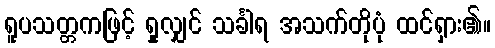
ရူပသတ္တကဖြင့် ရှုလျှင် သင်္ခါရ အသက်တိုပုံ ထင်ရှား၏။